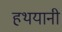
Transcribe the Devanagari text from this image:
हथयानी